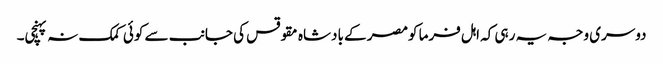
دوسری وجہ یہ رہی کہ اہل فرما کومصر کے بادشاہ مقوقس کی جانب سے کوئی کمک نہ پہنچی۔